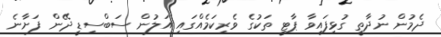
ދެމުން ނުދާތީ ގުޅިފައިވާ ޕާޓީ ތަކުގެ ވެރިކަމެއްގައި އަލުން ސަބްސިޑީ ދޭން ފަށާނެ